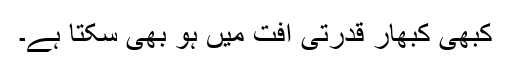
کبھی کبھار قدرتی آفت میں ہو بھی سکتا ہے۔